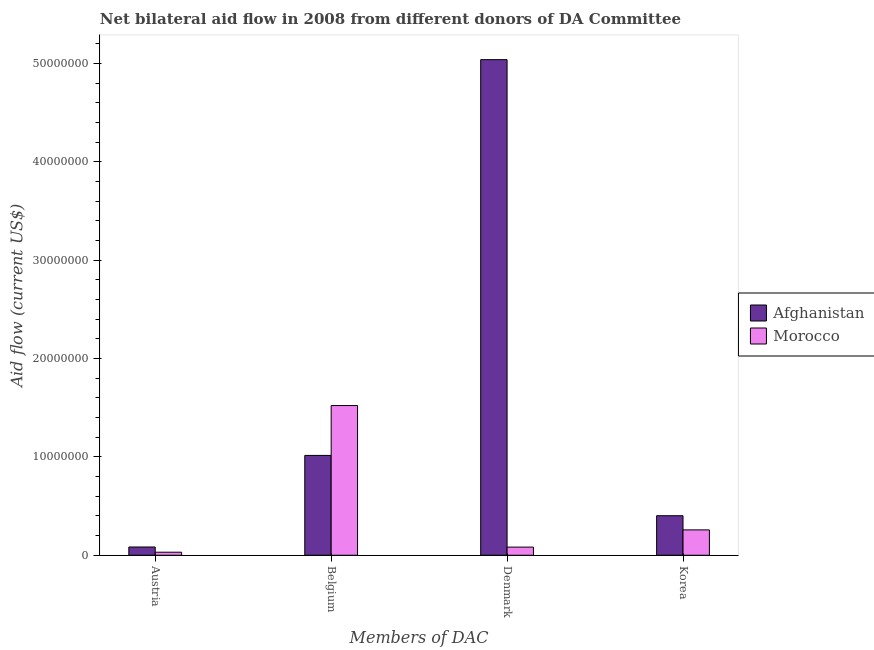
| Members of DAC | Afghanistan | Morocco |
 | --- | --- | --- |
 | Austria | 8.4e+05 | 3.1e+05 |
 | Belgium | 1.02e+07 | 1.52e+07 |
 | Denmark | 5.04e+07 | 8.3e+05 |
 | Korea | 4.02e+06 | 2.58e+06 |